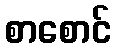
စာစောင်